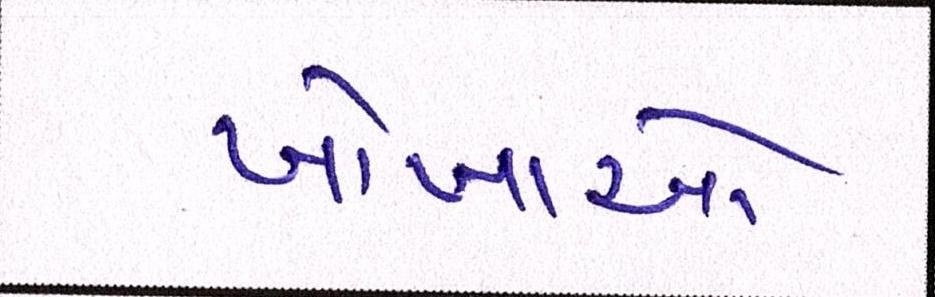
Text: ખોખાઓ